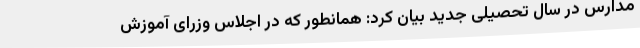
مدارس در سال تحصیلی جدید بیان کرد: همانطور که در اجلاس وزرای آموزش